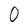
Character: 0